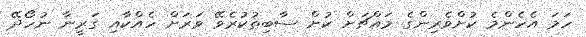
ހަމަ އެހެންމެ ކުށްވެރިންގެ މައްޗަށް ކުށް ސާބިތުކުރެވޭ ވަރަށް ހެއްކާއި ގަރީނާ ނުހޯދޭ